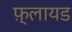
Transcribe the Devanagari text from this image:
फ़्लायड